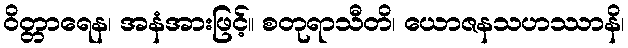
ဝိတ္တာရေန၊ အနံအားဖြင့်။ စတုရာသီတိ၊ ယောဇနသဟဿာနိ၊